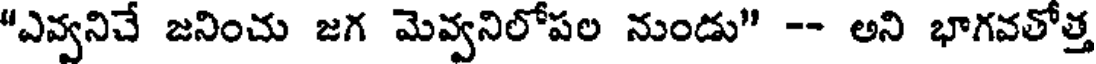
"ఎవ్వనిచే జనించు జగ మెవ్వనిలోపల నుండు" -- అని భాగవతోత్త